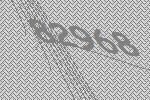
82968